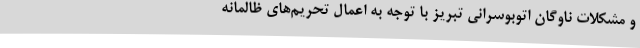
و مشکلات ناوگان اتوبوسرانی تبریز با توجه به اعمال تحریم‌های ظالمانه